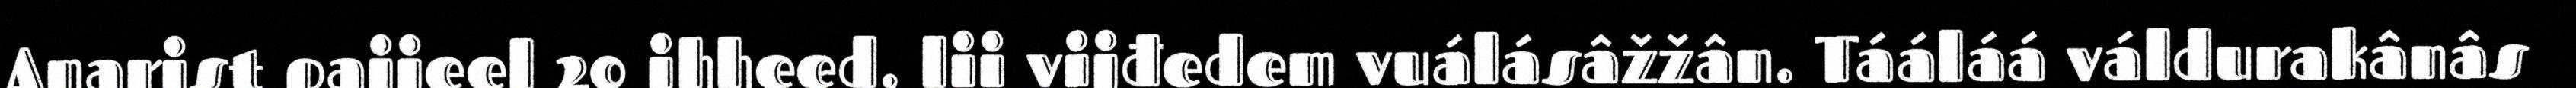
Anarist paijeel 20 ihheed, lii vijđedem vuálásâžžân. Tááláá váldurakânâs